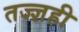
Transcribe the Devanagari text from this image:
तज्ज्ञही